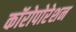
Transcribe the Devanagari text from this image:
कॉरोपोरेशन